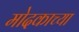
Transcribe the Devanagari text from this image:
मोदकाच्या